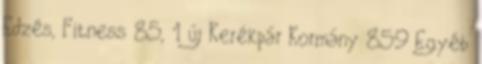
Edzés, Fitness 85, 1 új Kerékpár Kormány 859 Egyéb